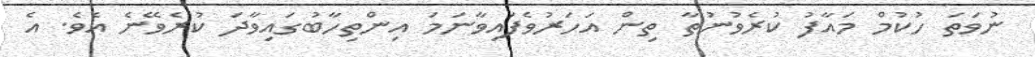
ނުވަތަ ހުކުމް މައާފު ކުރެވުނުތާ ތިން އަހަރުވެފައިވާނަމަ އިންތިހާބުގައިވާދަ ކުރެވޭނެ އެވެ. އެ